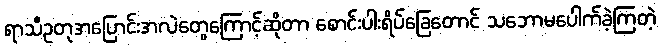
ရာသီဥတုအပြောင်းအလဲတွေကြောင့်ဆိုတာ စောင်းပါးရိပ်ခြေတောင် သဘောမပေါက်ခဲ့ကြတဲ့